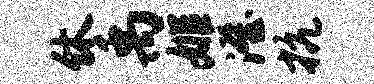
休禹姬澄抗